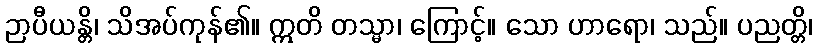
ဉာပီယန္တိ၊ သိအပ်ကုန်၏။ ဣတိ တသ္မာ၊ ကြောင့်။ သော ဟာရော၊ သည်။ ပညတ္တိ၊